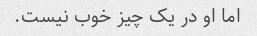
اما او در یک چیز خوب نیست.